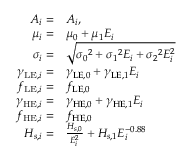
\begin{array} { r l } { A _ { i } = } & { \boldsymbol { A _ { i } } , } \\ { \mu _ { i } = } & { \boldsymbol { \mu _ { 0 } } + \boldsymbol { \mu _ { 1 } } E _ { i } } \\ { \sigma _ { i } = } & { \sqrt { \boldsymbol { \sigma _ { 0 } } ^ { 2 } + \boldsymbol { \sigma _ { 1 } } ^ { 2 } E _ { i } + \boldsymbol { \sigma _ { 2 } } ^ { 2 } E _ { i } ^ { 2 } } } \\ { \gamma _ { \mathrm { L E } , i } = } & { \boldsymbol { \gamma _ { \mathrm { L E } , 0 } } + \boldsymbol { \gamma _ { \mathrm { L E } , 1 } } E _ { i } } \\ { f _ { \mathrm { L E } , i } = } & { \boldsymbol { f _ { \mathrm { L E } , 0 } } } \\ { \gamma _ { \mathrm { H E } , i } = } & { \boldsymbol { \gamma _ { \mathrm { H E } , 0 } } + \boldsymbol { \gamma _ { \mathrm { H E } , 1 } } E _ { i } } \\ { f _ { \mathrm { H E } , i } = } & { \boldsymbol { f _ { \mathrm { H E } , 0 } } } \\ { H _ { s , i } = } & { \frac { \boldsymbol { H _ { s , 0 } } } { E _ { i } ^ { 2 } } + \boldsymbol { H _ { s , 1 } } E _ { i } ^ { - 0 . 8 8 } } \end{array}